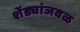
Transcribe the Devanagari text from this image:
शेंड्यांजवळ